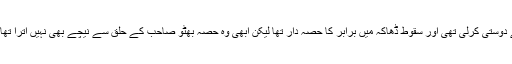
شہید ذوالفقار علی بھٹو نے ایوب خان کے جانشینوں سے دوستی کرلی تھی اور سقوطِ ڈھاکہ میں برابر کا حصہ دار تھا لیکن ابھی وہ حصہ بھٹو صاحب کے حلق سے نیچے بھی نہیں اترا تھا کہ بھٹو صاحب کے گلے میں رسی ڈال کر لٹکا دیا گیا۔